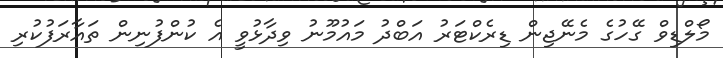
މޯލްޑިވް ގޭހުގެ މެނޭޖިން ޑިރެކްޓަރު އަބްދު މައުމޫނު ވިދާޅުވީ އެ ކުންފުނިން ތައާރަފުކުރި